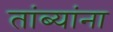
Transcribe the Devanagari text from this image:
तांब्यांना